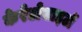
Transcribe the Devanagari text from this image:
केरेटोसाइटों